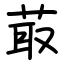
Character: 菆